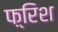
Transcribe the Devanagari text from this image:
फ़्रिश